Scottish Certificate of Education, 1962
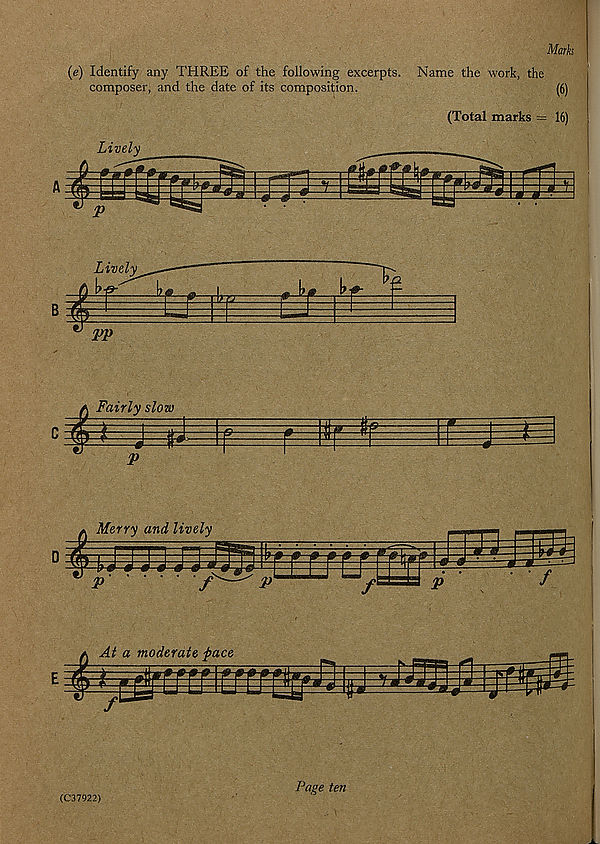
Marks
(e) Identify any THREE of the following excerpts. Name the work, the
composer, and the date of its composition.
(Total marks = 16)
(C37922)
Page ten